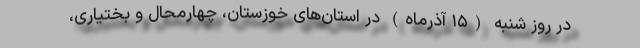
در روز شنبه (۱۵ آذرماه) در استان‌های خوزستان، چهارمحال و بختیاری،